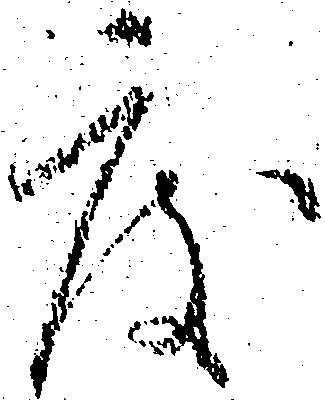
度